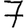
Digit: 7